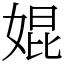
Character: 婫